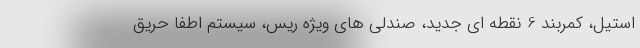
استیل، کمربند 6 نقطه ای جدید، صندلی های ویژه ریس، سیستم اطفا حریق